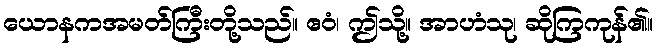
ယောနကအမတ်ကြီးတို့သည်။ ဧဝံ၊ ဤသို့။ အာဟံသု၊ ဆိုကြကုန်၏။